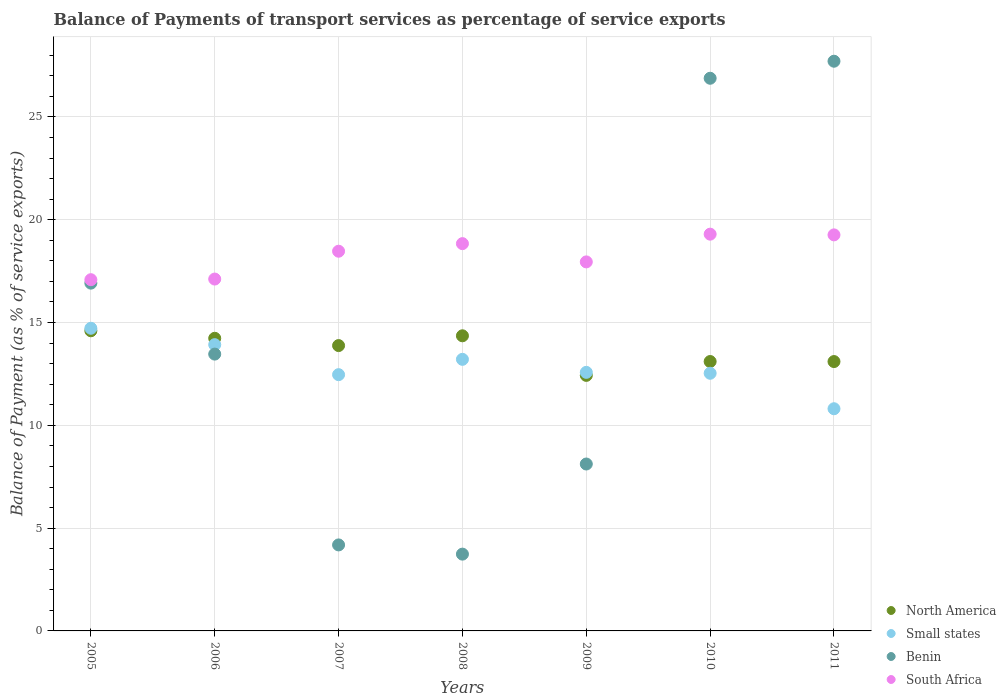
| Years | North America | Small states | Benin | South Africa |
 | --- | --- | --- | --- | --- |
 | 2005 | 14.6 | 14.7 | 16.9 | 17.1 |
 | 2006 | 14.2 | 13.9 | 13.5 | 17.1 |
 | 2007 | 13.9 | 12.5 | 4.18 | 18.5 |
 | 2008 | 14.4 | 13.2 | 3.73 | 18.8 |
 | 2009 | 12.4 | 12.6 | 8.12 | 17.9 |
 | 2010 | 13.1 | 12.5 | 26.9 | 19.3 |
 | 2011 | 13.1 | 10.8 | 27.7 | 19.3 |